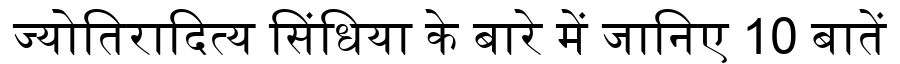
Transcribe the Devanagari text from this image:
ज्योतिरादित्य सिंधिया के बारे में जानिए 10 बातें